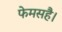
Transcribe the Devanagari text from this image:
फेमसहै।